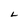
Character: L